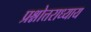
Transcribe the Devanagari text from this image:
प्रश्नोत्तराध्याय